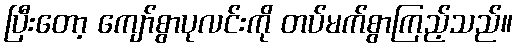
ပြီးတော့ ကျော်စွာပုလင်းကို တပ်မက်စွာကြည့်သည်။